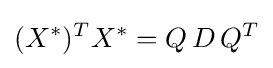
(X^{*})^{T}X^{*}=Q\,D\,Q^{T}